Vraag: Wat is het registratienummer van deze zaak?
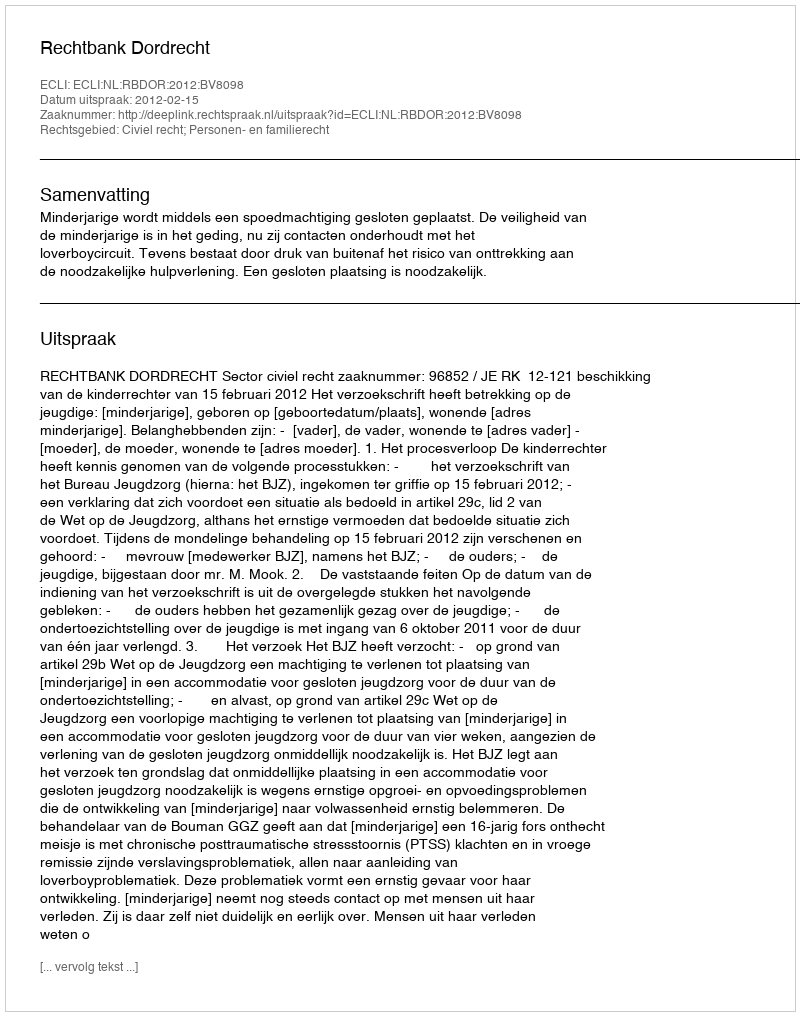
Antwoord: http://deeplink.rechtspraak.nl/uitspraak?id=ECLI:NL:RBDOR:2012:BV8098